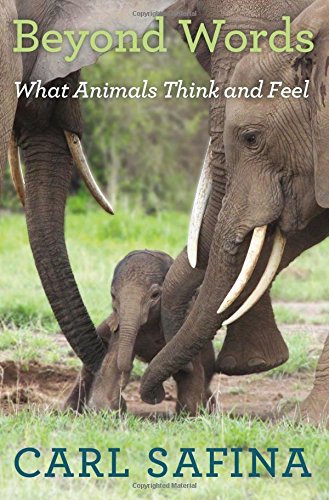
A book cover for Beyond Words: What Animals Think and Feel; Carl Safina; Science & Math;